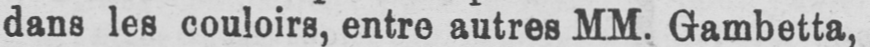
dans les couloirs, entre autres MM. Gambetta,